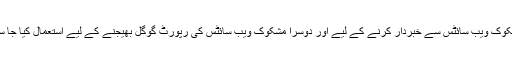
ایک مشکوک ویب سائٹس سے خبردار کرنے کے لیے اور دوسرا مشکوک ویب سائٹس کی رپورٹ گوگل بھیجنے کے لیے استعمال کیا جا سکے گا۔